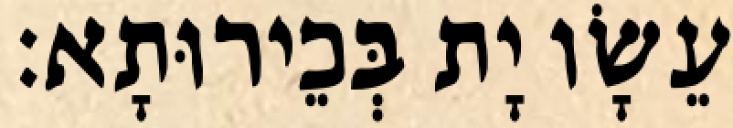
עֵשָׂו יָת בְּכֵירוּתָא׃